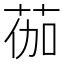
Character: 𫈆